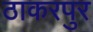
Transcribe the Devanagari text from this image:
ठाकरपुर